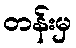
တန်းမှ